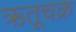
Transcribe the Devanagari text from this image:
ऋतूचक्र